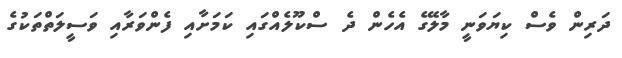
ދަރިން ވެސް ކިޔަވަނީ މާލޭގެ އެހެން ދެ ސްކޫލެއްގައި ކަމަށާއި ފެންވަރާއި ވަސީލަތްތަކުގެ